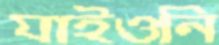
যাইওনি